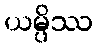
ယမ္ပိဿ